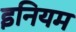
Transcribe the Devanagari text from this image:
इनियम